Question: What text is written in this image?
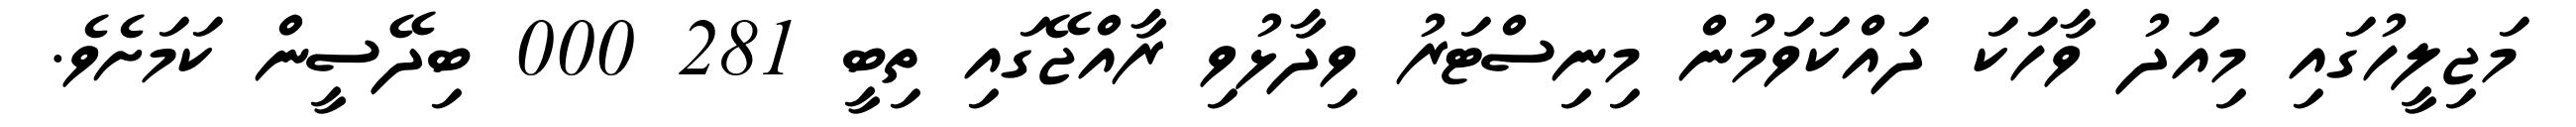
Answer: މަޖިލީހުގައި މިއަދު ވާހަކަ ދައްކަވަމުން މިނިސްޓަރު ވިދާޅުވި ރާއްޖޭގައި ތިބީ 281 000 ބިދޭސީން ކަމަށެވެ.